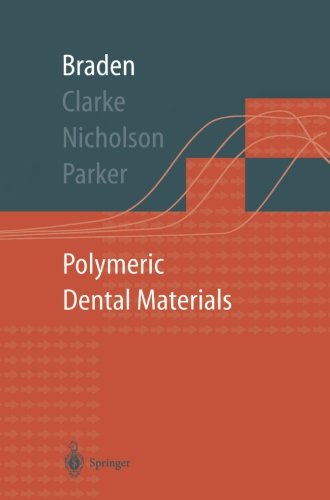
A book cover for Polymeric Dental Materials (Macromolecular Systems - Materials Approach); Michael Braden; Engineering & Transportation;